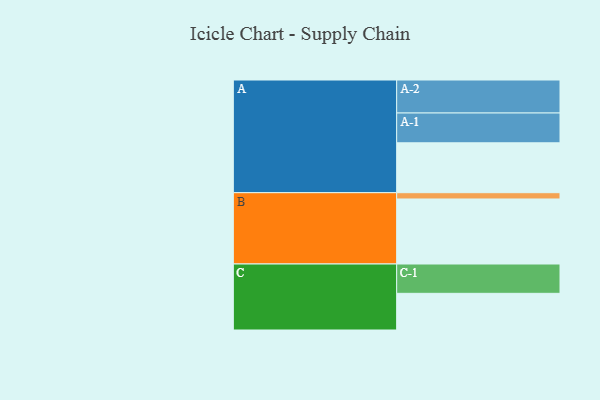
{"axis": {"x": "Segment", "y": "Value"}, "legend": ["", "A", "B", "C"], "data": [{"x": "A", "y": 422, "type": ""}, {"x": "B", "y": 550, "type": ""}, {"x": "C", "y": 310, "type": ""}, {"x": "A-1", "y": 252, "type": "A"}, {"x": "A-2", "y": 279, "type": "A"}, {"x": "B-1", "y": 53, "type": "B"}, {"x": "C-1", "y": 248, "type": "C"}]}